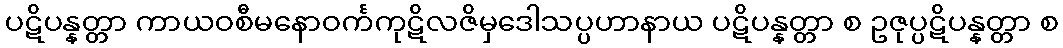
ပဋိပန္နတ္တာ ကာယဝစီမနောဝင်္ကကုဋိလဇိမှဒေါသပ္ပဟာနာယ ပဋိပန္နတ္တာ စ ဥဇုပ္ပဋိပန္နတ္တာ စ